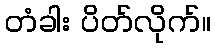
တံခါး ပိတ်လိုက်။